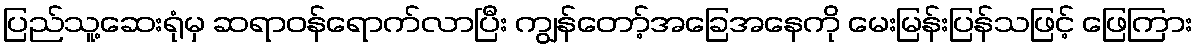
ပြည်သူ့ဆေးရုံမှ ဆရာဝန်ရောက်လာပြီး ကျွန်တော့်အခြေအနေကို မေးမြန်းပြန်သဖြင့် ဖြေကြား